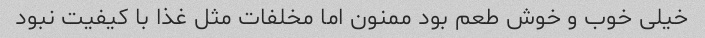
خیلی خوب و خوش طعم بود ممنون اما مخلفات مثل غذا با کیفیت نبود